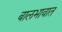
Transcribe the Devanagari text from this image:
बालभावात